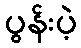
ပွန်းပဲ့